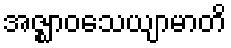
အဇ္ဈာဝသေယျာမာတိ